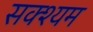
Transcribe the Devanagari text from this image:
सक्श्यम